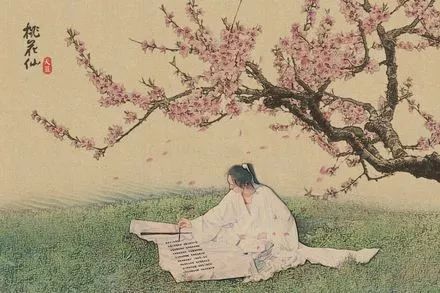
春宵一刻值千金，花有清香月有阴。